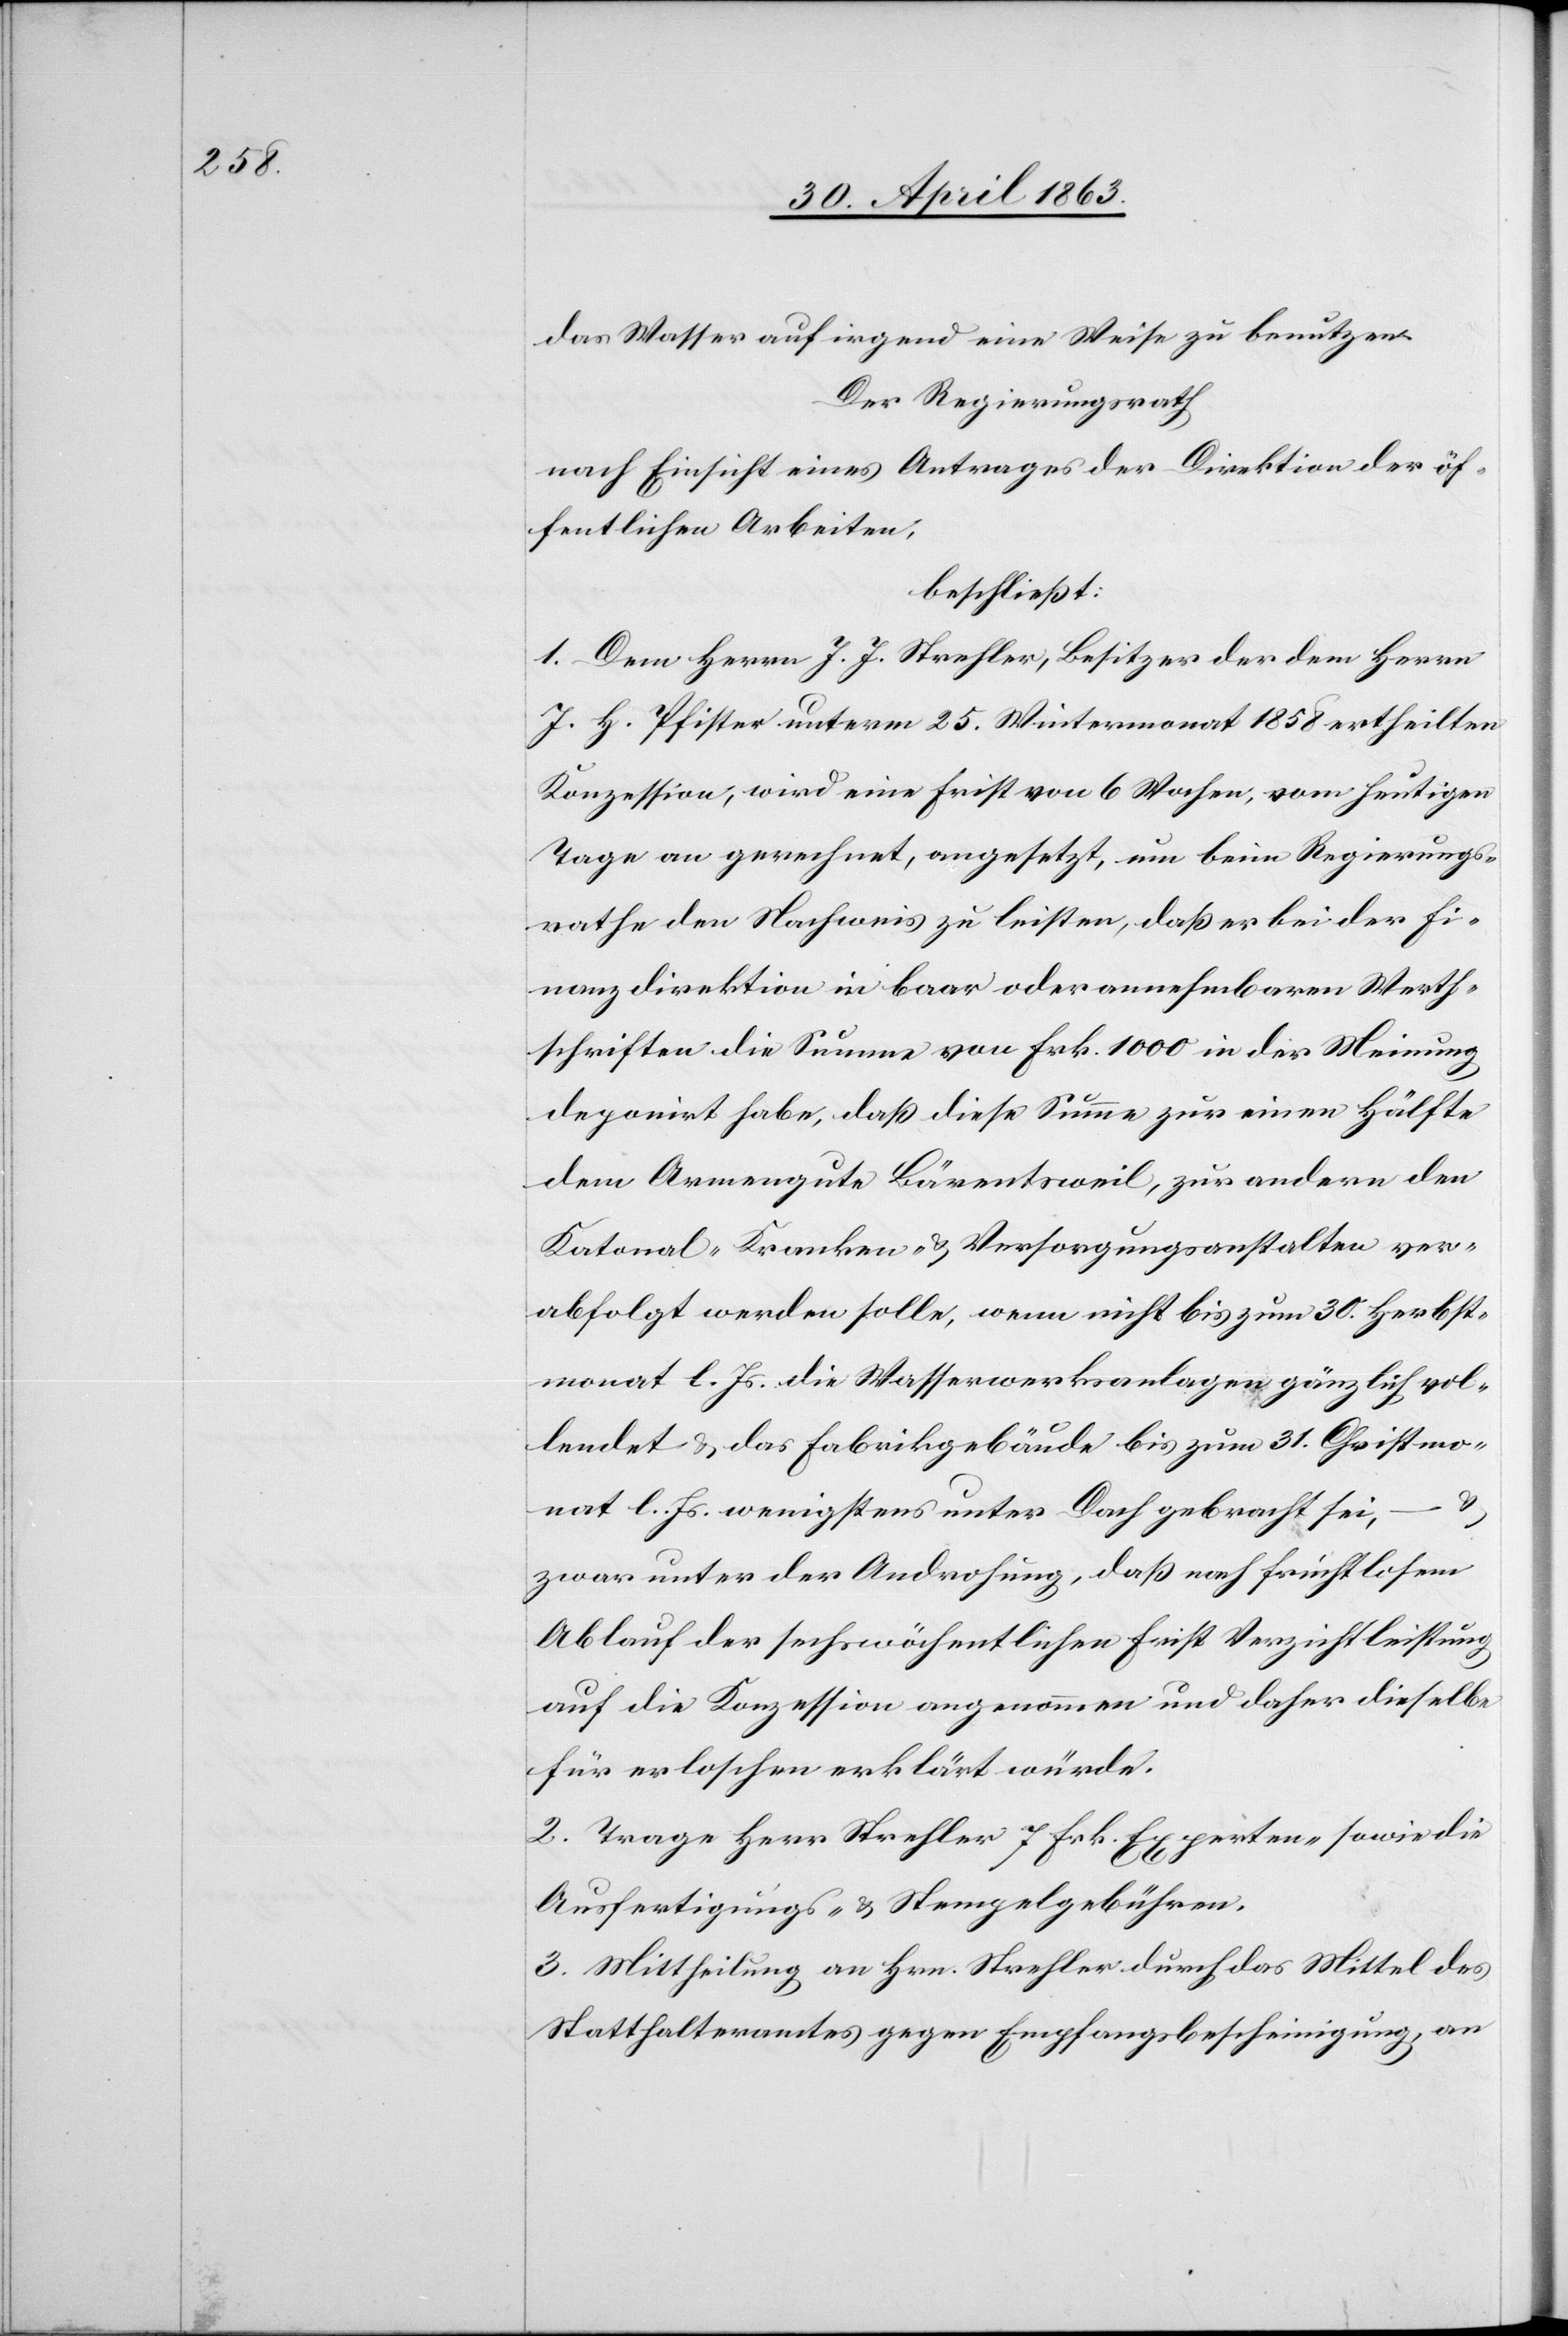
das Wasser auf irgend eine Weise zu benutzen.
Der Regierungsrath
nach Einsicht eines Antrages der Direktion der öf¬
fentlichen Arbeiten,
beschließt:
1. Dem Herrn J. J. Strehler, Besitzer der dem Herrn
J. H. Pfister unterm 25. Wintermonat 1858 ertheilten
Konzession, wird eine Frist von 6 Wochen, vom heutigen
Tage an gerechnet, angesetzt, um beim Regierungs¬
rathe den Nachweis zu leisten, daß er bei der Fi¬
nanzdirektion in baar oder annehmbaren Werth¬
schriften die Summe von Frk. 1000 in der Meinung
deponirt habe, daß diese Summe zur einen Hälfte
dem Armengute Bärentsweil, zur andern den
Kantonal-Kranken- & Versorgungsanstalten ver¬
abfolgt werden solle, wenn nicht bis zum 30. Herbst¬
monat l. Js. die Wasserwerksanlagen gänzlich vol¬
lendet & das Fabrikgebäude bis zum 31. Christmo¬
nat l. Js. wenigstens unter Dach gebracht sei,
zwar unter der Androhung, daß nach fruchtlosem
Ablauf der sechswöchentlichen Frist Verzichtleistung
auf die Konzession angenommen und daher dieselbe
für erloschen erklärt würde.
2. Trage Herr Strehler 7 Frk. Experten- sowie die
Ausfertigungs- & Stempelgebühren.
3. Mittheilung an Hrn. Strehler durch das Mittel des
Statthalteramtes gegen Empfangsbescheinigung, an